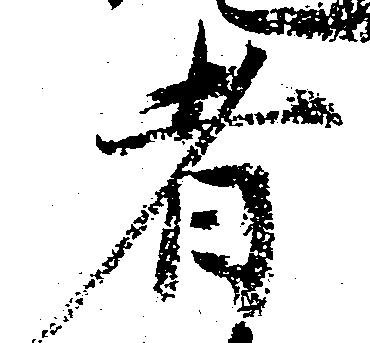
者